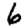
Digit: 6